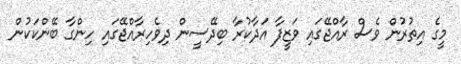
މީގެ އިތުރުން ވެސް ރާއްޖޭގައި ވަޒީފާ އަދާކުރާ ބިދޭސީން ދިވެހިރާއްޖޭގައި ހިންގާ ބޭންކަކުން